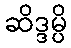
ဆိဒ္ဒမ္ပိ